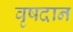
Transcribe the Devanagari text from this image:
वृषदान